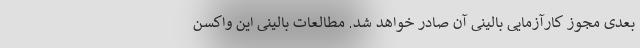
بعدی مجوز کارآزمایی بالینی آن صادر خواهد شد. مطالعات بالینی این واکسن